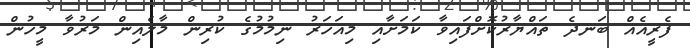
ފެރީއެއް ބަނދެ ތައްޔާރުކޮށްފައިވާ ކަމަށާއި މިއަހަރު ނިމުމުގެ ކުރިން މާލެއިން މަރުވާ މީހުން